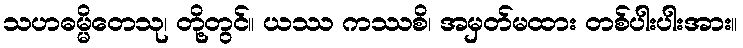
သဟဓမ္မိတေသု၊ တို့တွင်။ ယဿ ကဿစိ၊ အမှတ်မထား တစ်ပါးပါးအား။